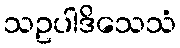
သဥပါဒိသေသံ